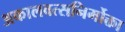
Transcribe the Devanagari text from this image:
अकालवत्सनिर्मोक्ता